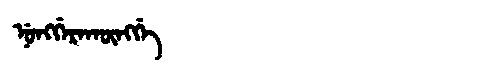
Manchu: ᠨᡠᠩᡤᡝᡵᠠᡴᡡᠩᡤᡝ
Romanization: NUNGGERAKŪNGGE